Civil Veterinary Department Bihar & Orissa reports 1922-29 - 1922-1929
Year: 1922
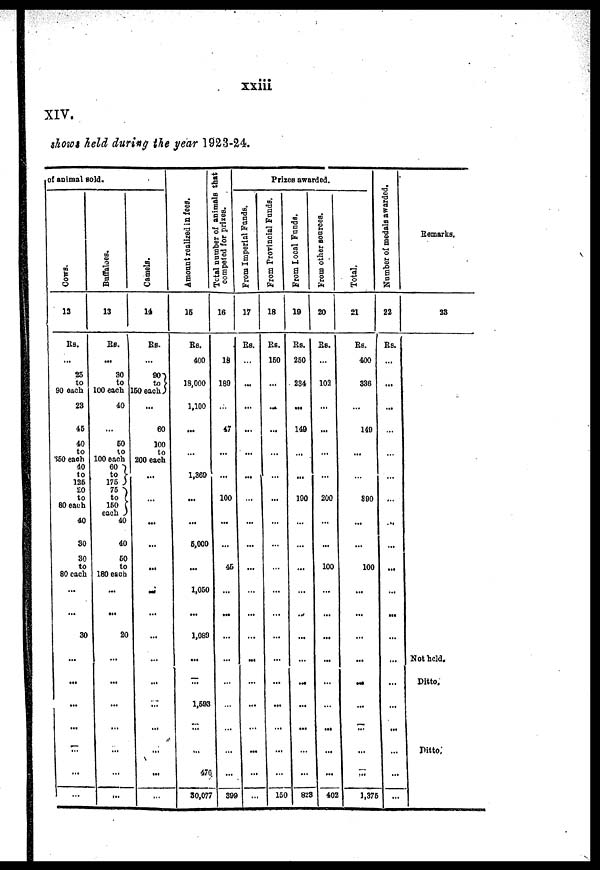
xxiii
XIV.
shows held during the year 1923-24.
of animal Bold.
Cows.
13
Rs.
25
to
90 ouch
23
46
40
to
350 each
40
to
126
20
to
80 each
40
30
30
to
80 each
...
...
30
...
...
...
...
...
...
Buffaloes.
Camels.
13
14
Rs.
30
to
100 each
40
50
to
100 each
60
to
175
76
to
160
each
40
40
60
to
180 each
...
...
20
...
...
...
...
...
Rs.
90
160 each )
...
60
100
to
200 each
...
...
...
...
...
...
...
...
...
...
...
Amount realized in fees,
16
Rs.
400
18,000
1,100
...
1,360
...
...
6.000
...
1,050
...
1,089
...
...
1,593
...
...
476
30,077
Total
number of animals that
competed for prizes.
16
18
189
47
...
...
100
Prizes awarded.
From Imperial Funds.
17
Rs.
...
...
...
...
...
...
45
...
...
399
...
...
...
...
...
...
From Provincial Funds.
18
Rs.
150
...
...
...
...
...
...
150
From Local Funds.
From other sources.
19
20
Rs.
250
234
...
140
...
...
190
...
-
...
...
...
...
...
...
823
Rs.
103
...
...
200
...
100
...
...
—
...
...
402
Total.
21
Rs.
400
336
149
...
390
...
100
...
...
...
...
...
...
...
1,375
Number of medals awarded
22
Rs.
...
...
...
...
...
...
...
...
...
...
...
...
Remarks.
33
Not held.
Ditto.
Ditto,